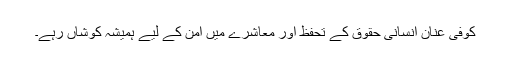
کوفی عنان انسانی حقوق کے تحفظ اور معاشرے میں امن کے لیے ہمیشہ کوشاں رہے۔